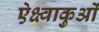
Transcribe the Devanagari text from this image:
ऐक्ष्वाकुओं